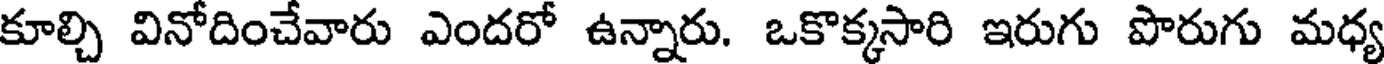
కూల్చి వినోదించేవారు ఎందరో ఉన్నారు. ఒకొక్కసారి ఇరుగు పొరుగు మధ్య